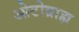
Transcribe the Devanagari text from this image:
ओटोब्राह्म